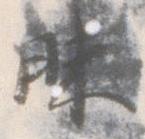
昧